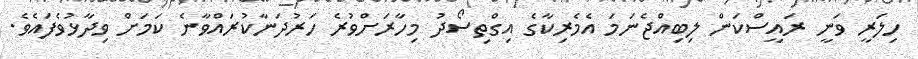
ހިލަރީ ވަނީ ރައީސްކަން ލިބިއްޖެނަމަ އެމެރިކާގެ އިގްތިސޯދު މިހާރަށްވުރެ ހަރުދަނާކުރައްވާނެ ކަމަށް ވިދާޅުވެފައެވެ.